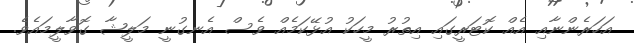
އަހަރެންނާއި އެއް ކޮޓަރީގައި އިތުރު މީހަކު އުޅޭކަމެއް ވެސް އެނގުނީ މަލީޝާ ގޮވާލީމައެވެ.